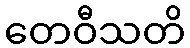
တေဝီသတိ